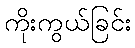
ကိုးကွယ်ခြင်း